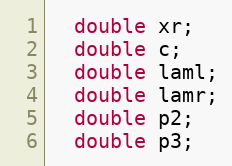
Language: C
  double xr;
  double c;
  double laml;
  double lamr;
  double p2;
  double p3;